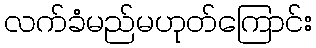
လက်ခံမည်မဟုတ်ကြောင်း